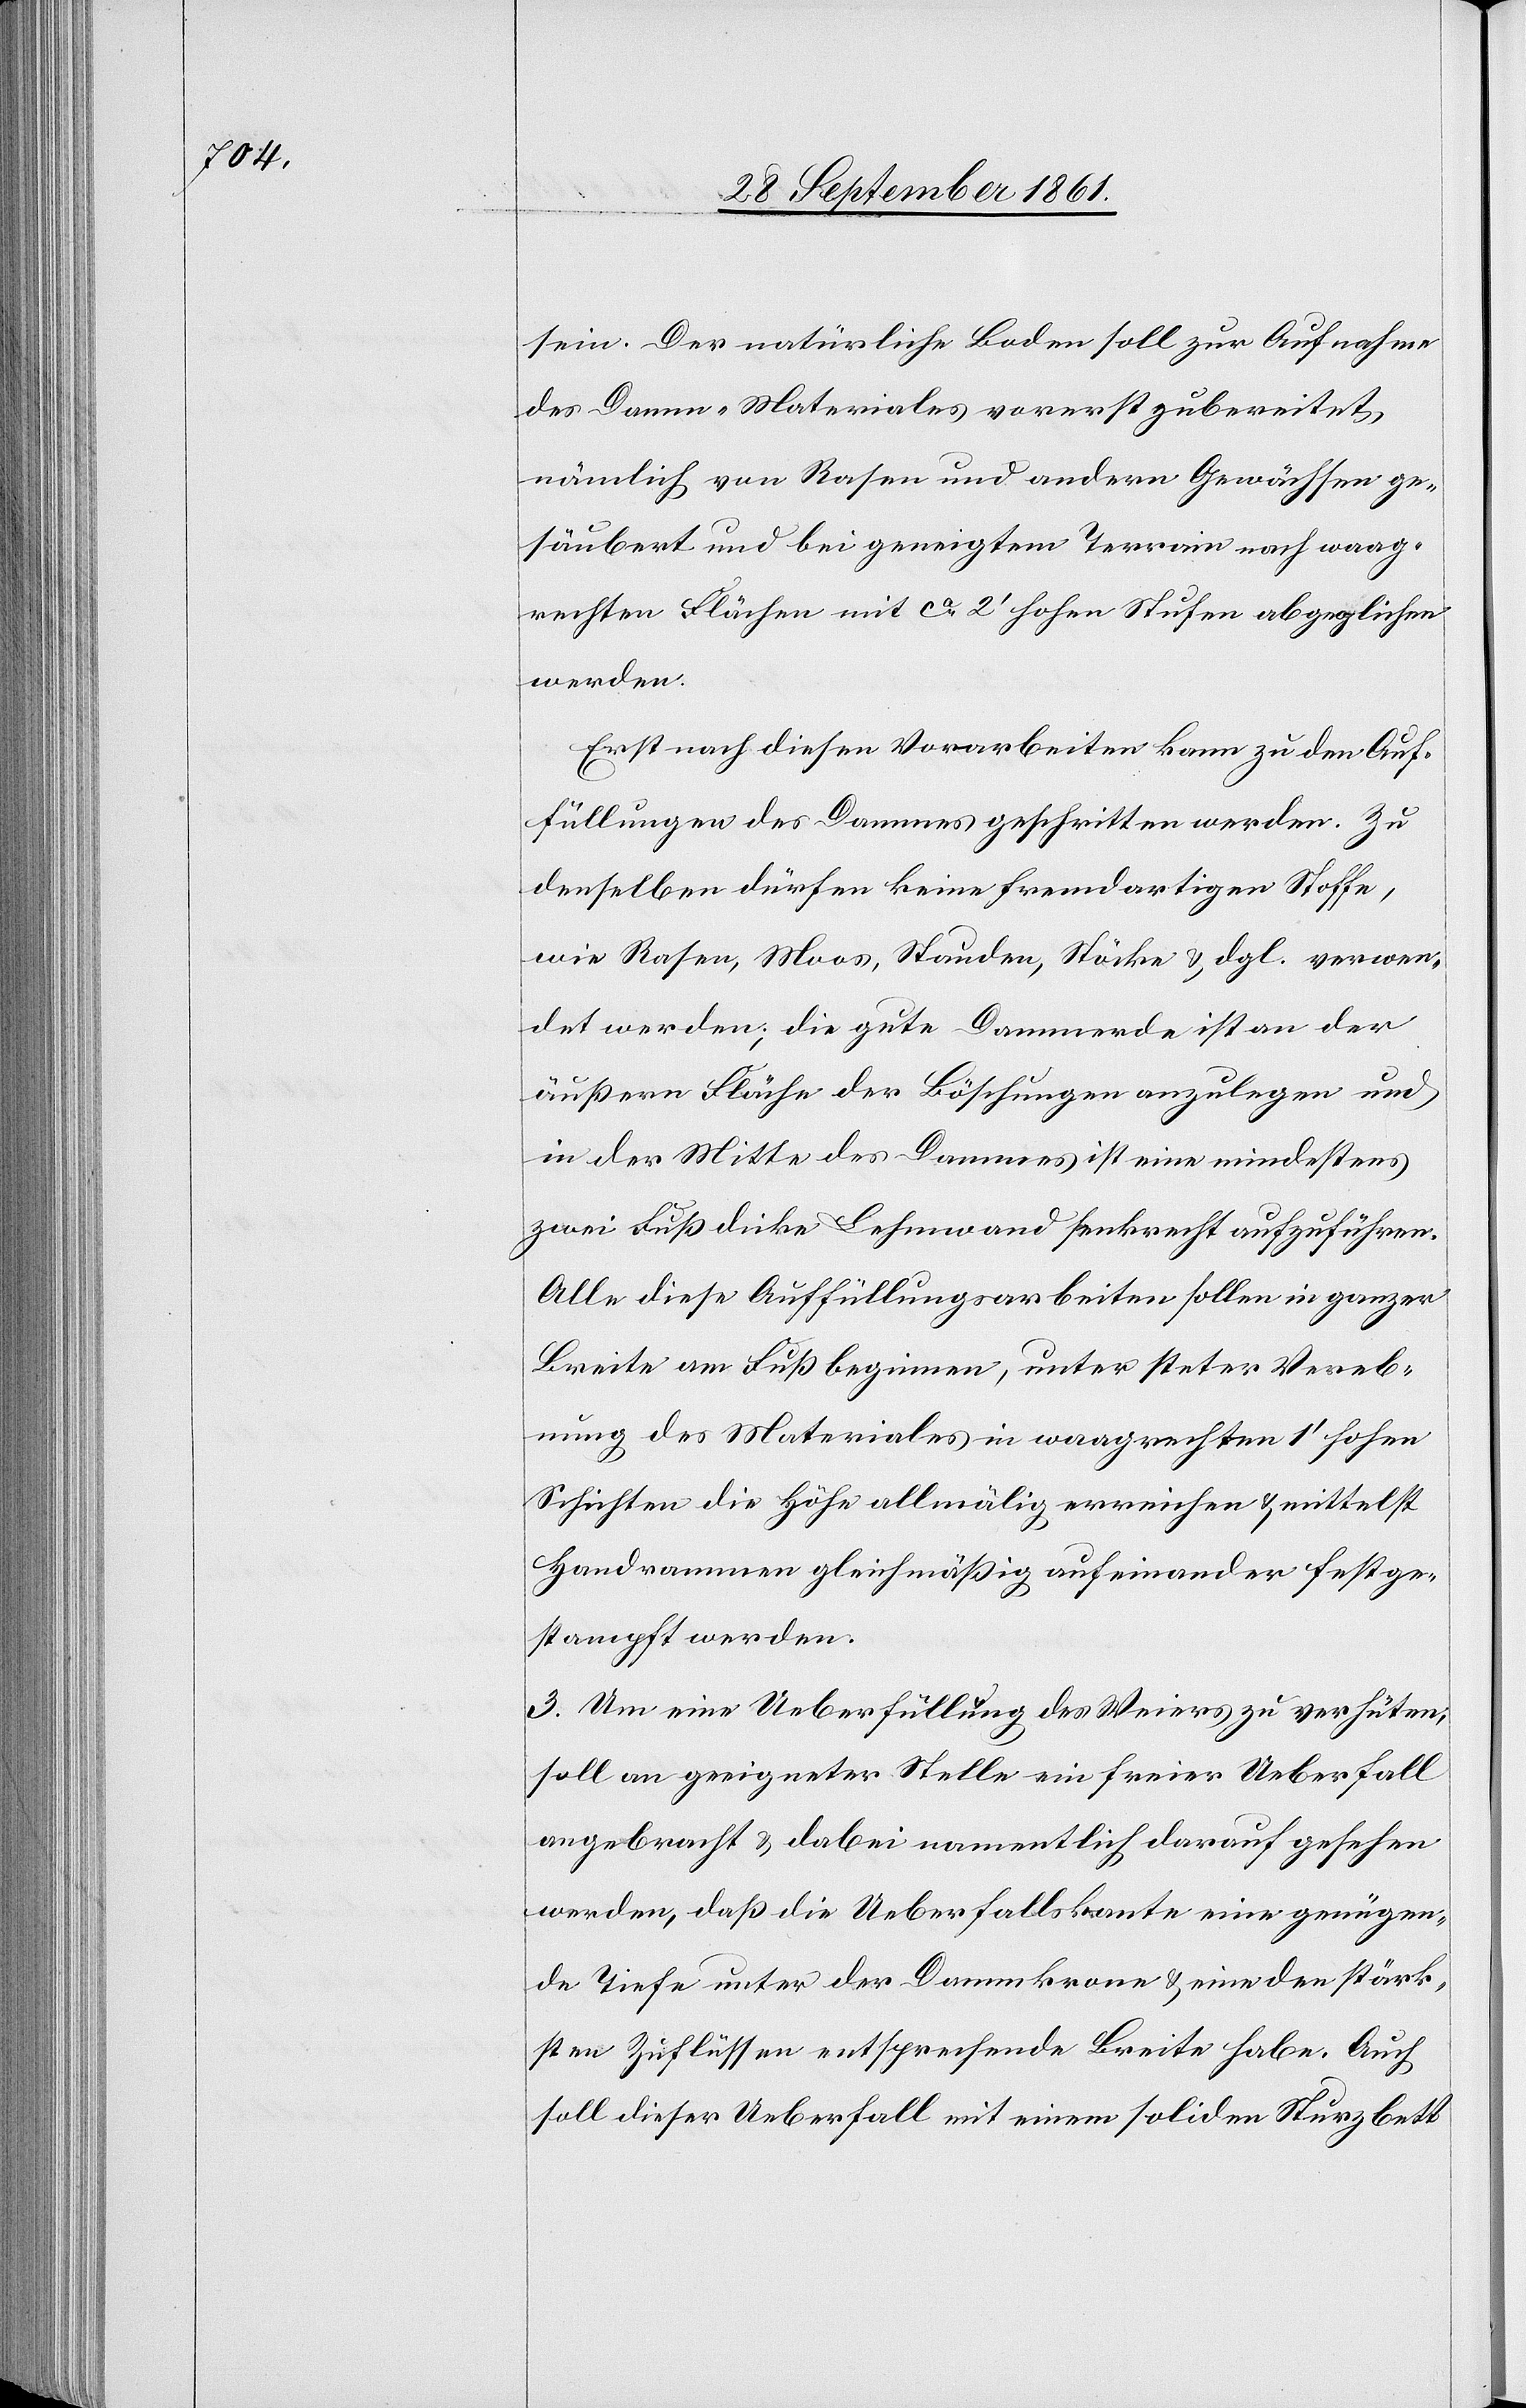
sein. Der natürliche Boden soll zur Aufnahme
des Damm-Materials vorerst zubereitet
nämlich von Rosen und andern Gewächsen ge¬
säubert und bei geneigtem Terrain nach waag¬
rechten Flächen mit ca 2’ hohen Stufen abgeglichen
werden.
Erst nach diesen Vorarbeiten kann zu den Auf¬
füllungen des Damms geschritten werden. Zu
denselben dürfen keine fremdartigen Stoffe,
wie Rasen, Moos, Stauden, Stöcke u. dgl. verwen¬
det werden, die gute Dammerde ist an der
äußern Fläche der Böschungen anzulegen und
in der Mitte des Dammes ist eine mindestens
zwei Fuß dicke Lehmwand senkrecht aufzuführen.
Alle diese Auffüllungsarbeiten sollen in ganzer
Breite am Fluß beginnen, unter steter Vereb¬
nung des Materials in waagrechten 1’ hohen
Schichten die Höhe allmälig erreichen u. mittelst
Handrammen gleichmäßig aufeinander festge¬
stampft werden.
3. Um eine Ueberfüllung des Weiers zu verhüten,
soll an geeigneter Stelle ein freier Ueberfall
angebracht u. dabei namentlich darauf gesehen
werden, daß die Ueberfallskante eine genügen¬
de Tiefe der Dammkrone u. eine den stärk¬
sten Zuflüssen entsprechende Breite habe. Auch
soll dieser Ueberfall mit einem soliden Sturzbett